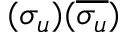
( \sigma _ { u } ) ( \overline { { \sigma _ { u } } } )